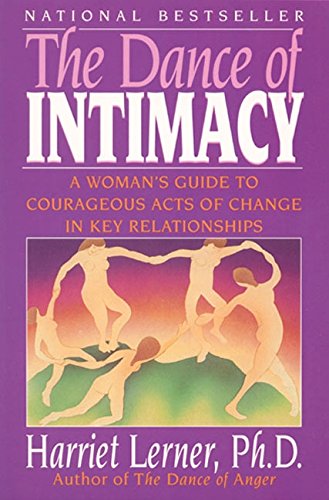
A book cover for The Dance of Intimacy: A Woman's Guide to Courageous Acts of Change in Key Relationships; Harriet Lerner; Self-Help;